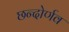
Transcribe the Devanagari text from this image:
छन्दोर्णव